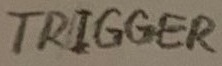
Text: TRIGGER